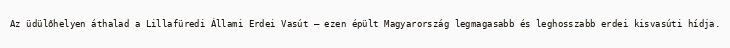
Az üdülőhelyen áthalad a Lillafüredi Állami Erdei Vasút — ezen épült Magyarország legmagasabb és leghosszabb erdei kisvasúti hídja.